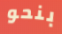
بنحو